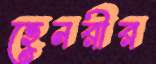
হেনরীর